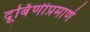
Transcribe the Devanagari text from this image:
दूर्बिणीप्रमाणे